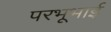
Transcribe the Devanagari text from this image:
परभूभाई